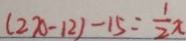
( 2 x - 1 2 ) - 1 5 = \frac { 1 } { 2 } x